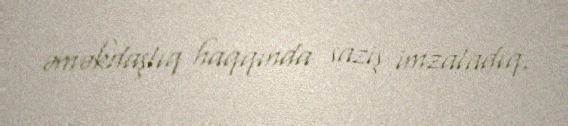
əməkdaşlıq haqqında saziş imzaladıq.